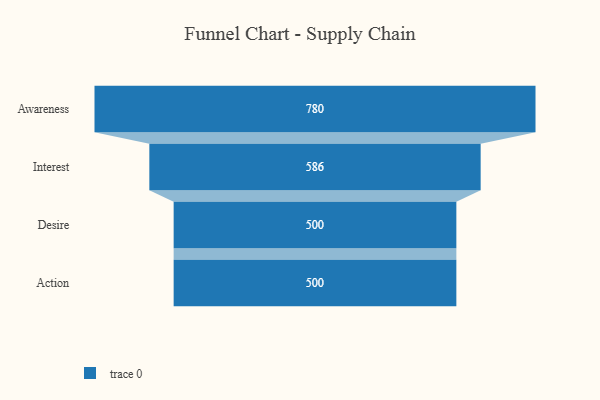
{"axis": {"x": "Stage", "y": "Value"}, "legend": [""], "data": [{"x": "Awareness", "y": 780.0, "type": ""}, {"x": "Interest", "y": 586.0, "type": ""}, {"x": "Desire", "y": 500, "type": ""}, {"x": "Action", "y": 500, "type": ""}]}